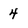
Character: 4